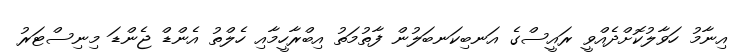
އިނާމު ހަވާލުކޮށްދެއްވީ ރައީސްގެ އަނބިކަނބަލުން ފާތުމަތު އިބްރާހީމާއި ހެލްތު އެންޑް ޖެންޑަ މިނިސްޓަރު